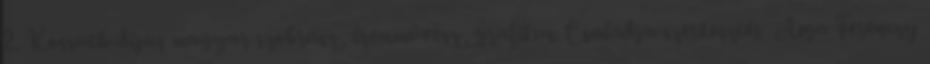
2. Kossuth-díjas magyar szobrász, éremművész, grafikus. Családja szerkesztés Apja Ferenczy